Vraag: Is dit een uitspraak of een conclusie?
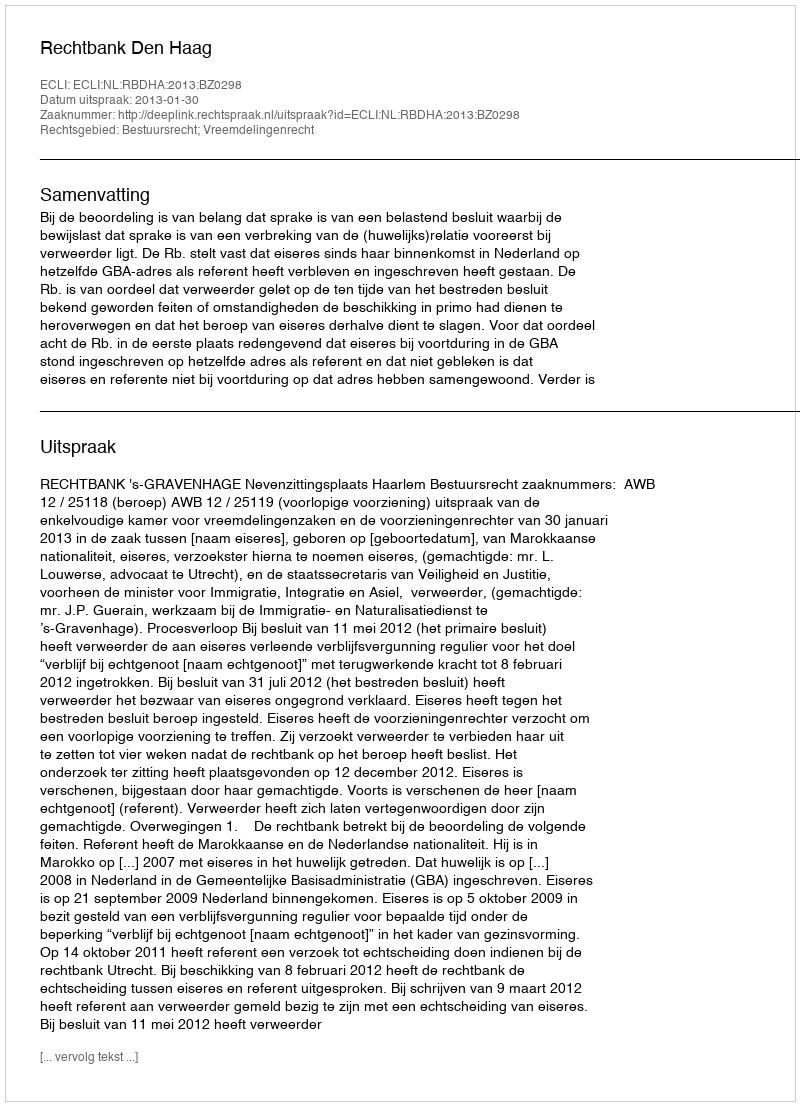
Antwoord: Uitspraak